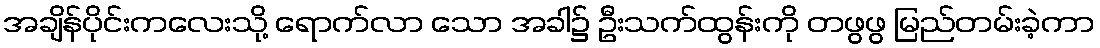
အချိန်ပိုင်းကလေးသို့ ရောက်လာ သော အခါ၌ ဦးသက်ထွန်းကို တဖွဖွ မြည်တမ်းခဲ့ကာ